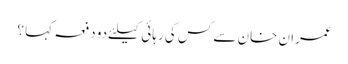
عمران خان سے کس کی رہائی کیلئےدو دفعہ کہا ؟